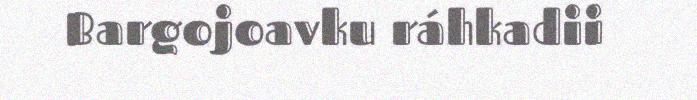
Bargojoavku ráhkadii